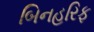
બિનહરિફ